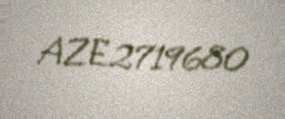
AZE2719680